Alma_Vaarman, lk 4
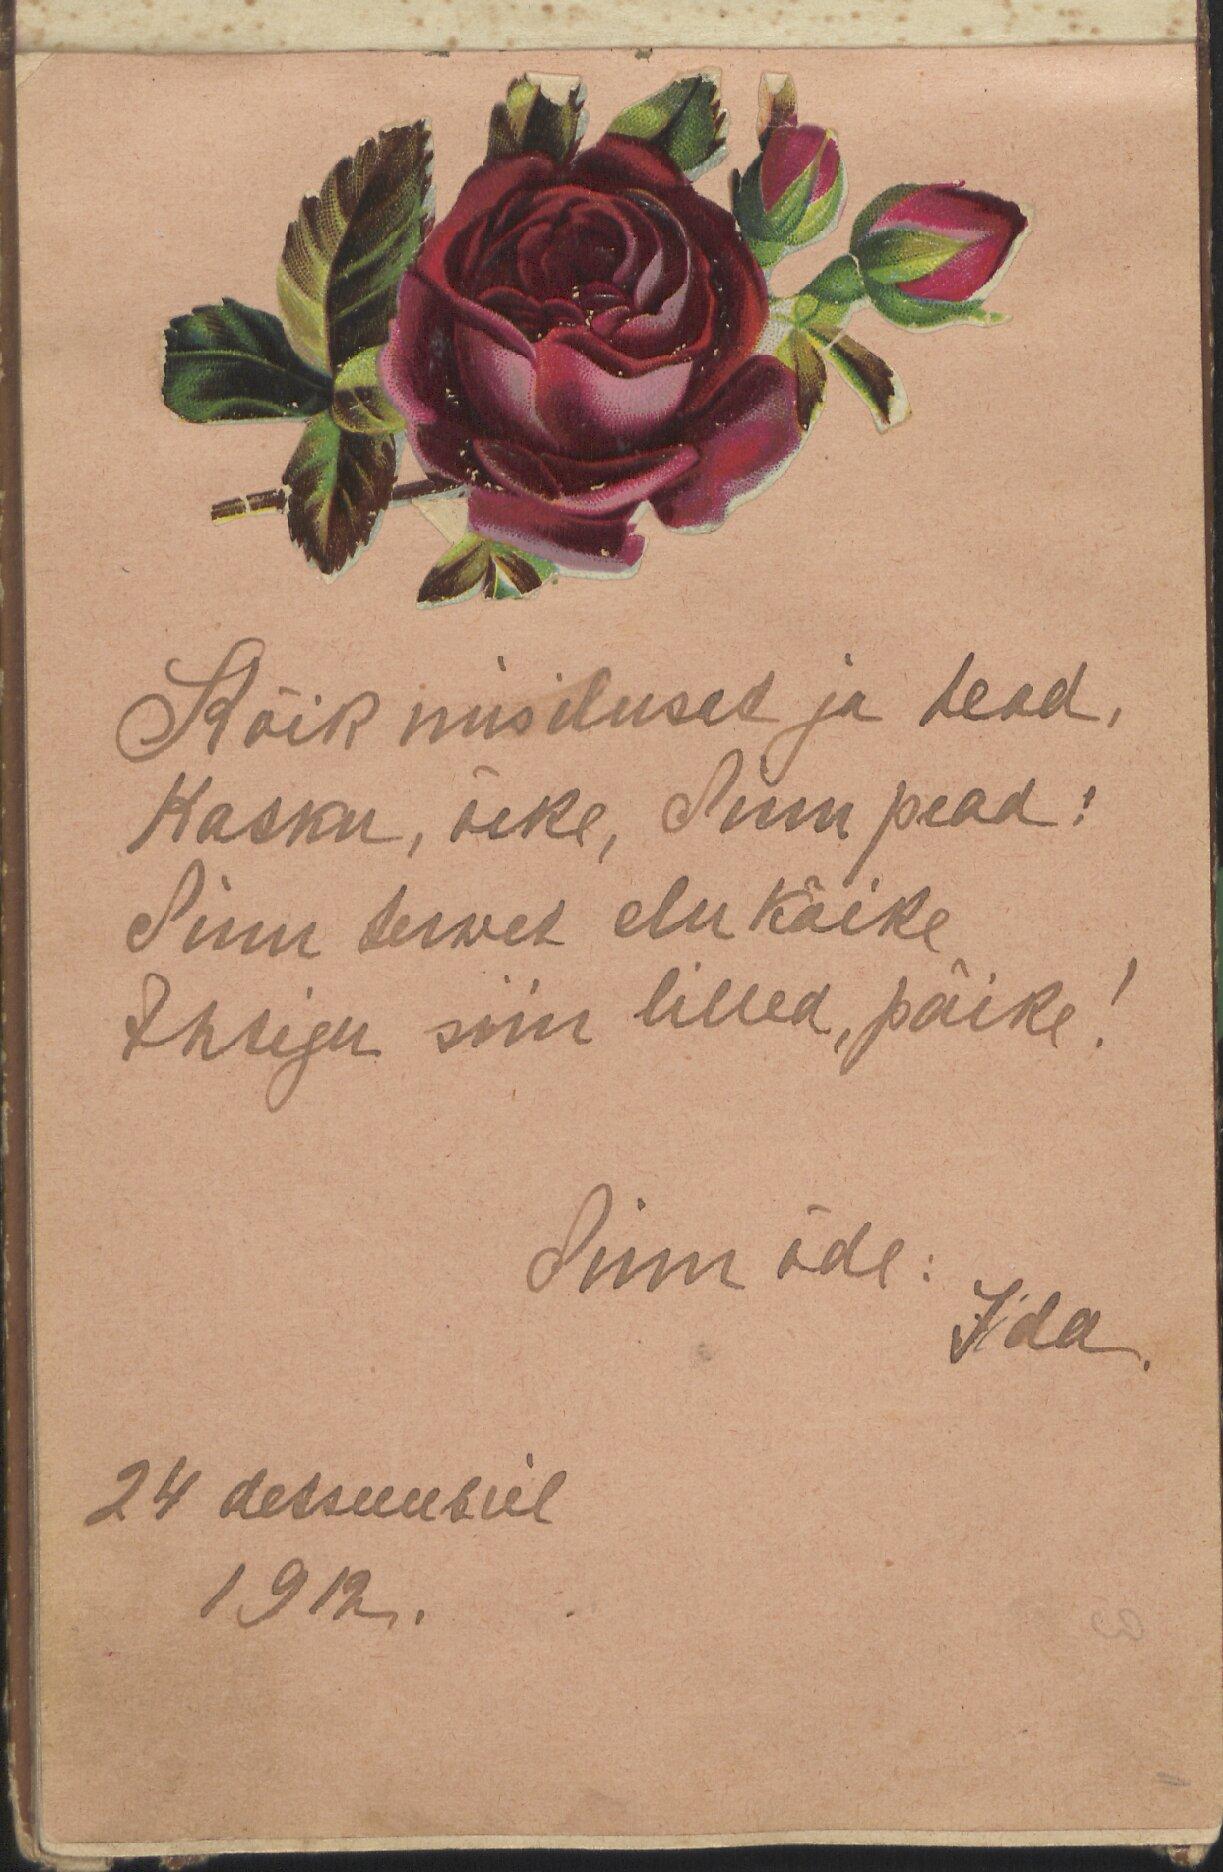
Kõik mis ilusat ja head.
Kasku, õeke, Sinu pead!
Sinu terwet elu käike
Ehtigu siin lilled, päike!
Sinu õde: Iida
24 detsembril
1912.